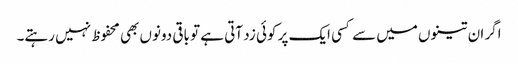
اگر ان تینوں میں سے کسی ایک پر کوئی زد آتی ہے تو باقی دونوں بھی محفوظ نہیں رہتے۔